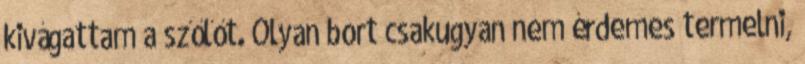
kivágattam a szőlőt. Olyan bort csakugyan nem érdemes termelni,